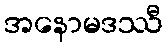
အနောမဒဿီ